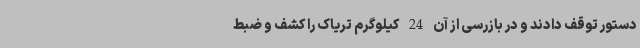
دستور توقف دادند و در بازرسی از آن 24 کیلوگرم تریاک را کشف و ضبط